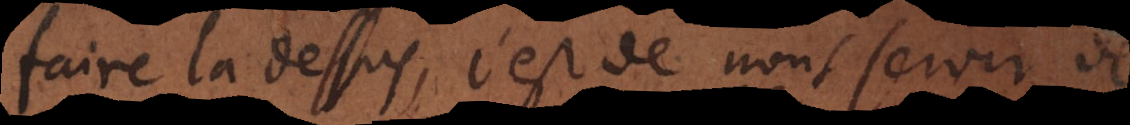
faire là dessus, c’est de nous servir de